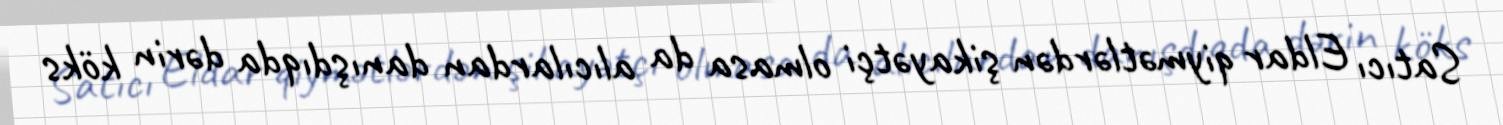
Satıcı Eldar qiymətlərdən şikayətçi olmasa da alıcılardan danışdıqda dərin köks